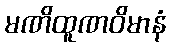
မဏိထူဏဝိမာနံ